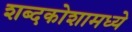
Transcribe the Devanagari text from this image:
शब्दकोशामध्ये